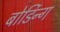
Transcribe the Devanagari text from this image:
बोर्डिन्ग